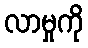
လာမှုကို